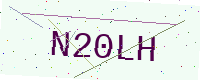
Text: N20LH